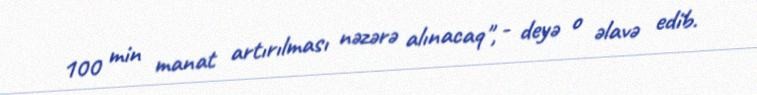
100 min manat artırılması nəzərə alınacaq", - deyə o əlavə edib.